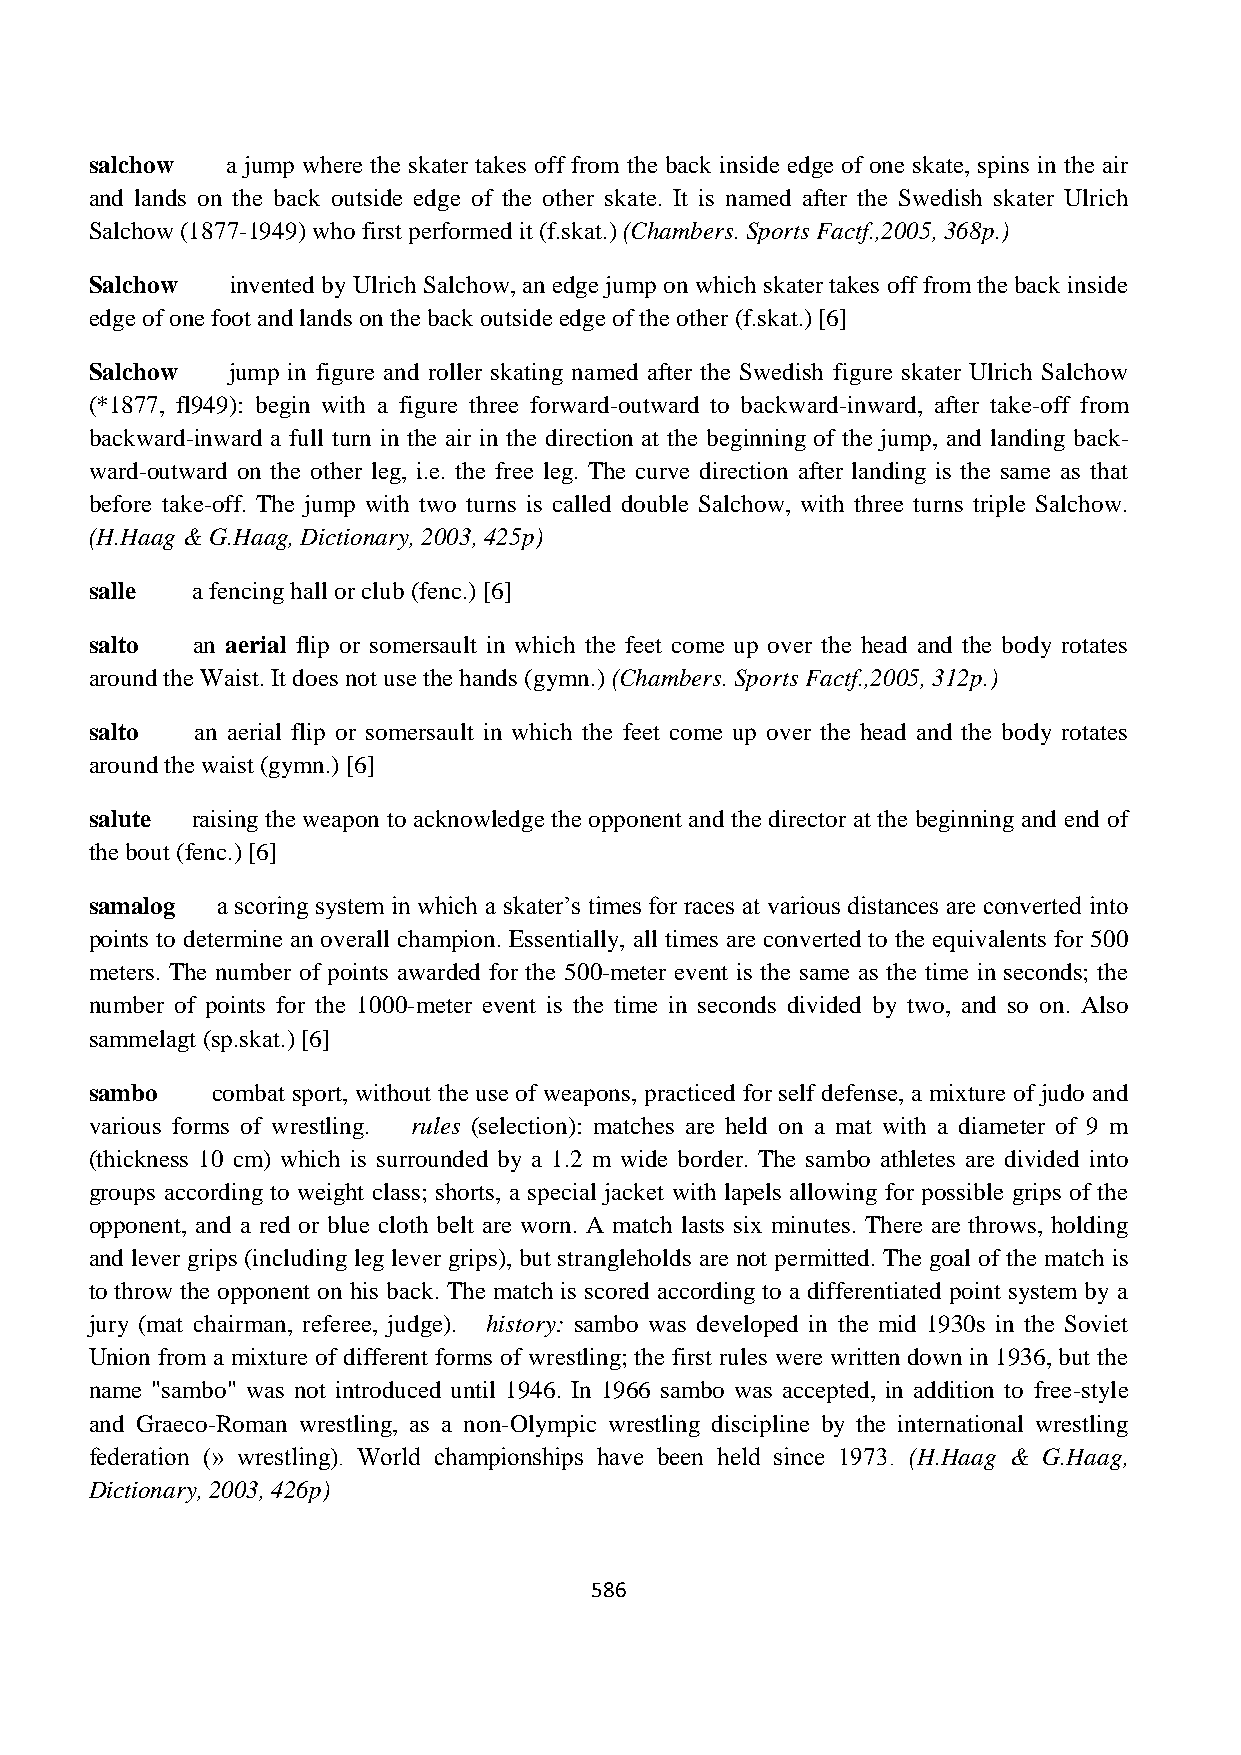
salchow  a jump where the skater takes off from the back inside edge of one skate, spins in the air
 and lands on the back outside edge of the other skate. It is named after the Swedish skater Ulrich
 Salchow (1877-1949) who first performed it (f.skat.) (Chambers. Sports Factf.,2005, 368p.)
 Salchow  invented by Ulrich Salchow, an edge jump on which skater takes off from the back inside
 edge of one foot and lands on the back outside edge of the other (f.skat.) [6]
 Salchow  jump in figure and roller skating named after the Swedish figure skater Ulrich Salchow
 (*1877, fl949): begin with a figure three forward-outward to backward-inward, after take-off from
 backward-inward a full turn in the air in the direction at the beginning of the jump, and landing back-
 ward-outward on the other leg, i.e. the free leg. The curve direction after landing is the same as that
 before take-off. The jump with two turns is called double Salchow, with three turns triple Salchow.
 (H.Haag & G.Haag, Dictionary, 2003, 425p)
 salle  a fencing hall or club (fenc.) [6]
 salto  an aerial flip or somersault in which the feet come up over the head and the body rotates
 around the Waist. It does not use the hands (gymn.) (Chambers. Sports Factf.,2005, 312p.)
 salto  an aerial flip or somersault in which the feet come up over the head and the body rotates
 around the waist (gymn.) [6]
 salute raising the weapon to acknowledge the opponent and the director at the beginning and end of
 the bout (fenc.) [6]
 samalog a scoring system in which a skater‟s times for races at various distances are converted into
 points to determine an overall champion. Essentially, all times are converted to the equivalents for 500
 meters. The number of points awarded for the 500-meter event is the same as the time in seconds; the
 number of points for the 1000-meter event is the time in seconds divided by two, and so on. Also
 sammelagt (sp.skat.) [6]
 sambo   combat sport, without the use of weapons, practiced for self defense, a mixture of judo and
 various forms of wrestling. rules (selection): matches are held on a mat with a diameter of 9 m
 (thickness 10 cm) which is surrounded by a 1.2 m wide border. The sambo athletes are divided into
 groups according to weight class; shorts, a special jacket with lapels allowing for possible grips of the
 opponent, and a red or blue cloth belt are worn. A match lasts six minutes. There are throws, holding
 and lever grips (including leg lever grips), but strangleholds are not permitted. The goal of the match is
 to throw the opponent on his back. The match is scored according to a differentiated point system by a
 jury (mat chairman, referee, judge). history: sambo was developed in the mid 1930s in the Soviet
 Union from a mixture of different forms of wrestling; the first rules were written down in 1936, but the
 name "sambo" was not introduced until 1946. In 1966 sambo was accepted, in addition to free-style
 and Graeco-Roman wrestling, as a non-Olympic wrestling discipline by the international wrestling
 federation (» wrestling). World championships have been held since 1973. (H.Haag & G.Haag,
 Dictionary, 2003, 426p)
 586